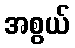
အစွယ်